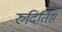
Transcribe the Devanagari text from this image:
रुदितिस